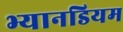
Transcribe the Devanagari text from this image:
भ्यानडियम